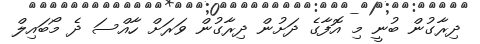
ދިރާގުން ބުނީ މި އޮފާގެ ދަށުން ދިރާގުން ވަރަށް ހާއްސަ ދެ މޯބައިލް